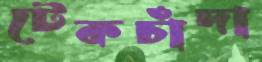
টেকচাঁদা